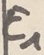
Text: E1